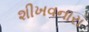
શીખવનારા